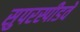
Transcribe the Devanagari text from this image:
सुपरस्पीडवे